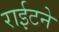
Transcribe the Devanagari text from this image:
राईटने